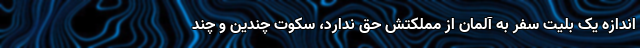
اندازه یک بلیت سفر به آلمان از مملکتش حق ندارد، سکوت چندین و چند